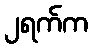
၂ရက်က